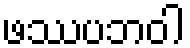
ဖဿပဘဝါ